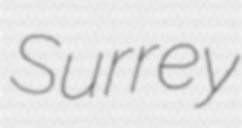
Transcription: Surrey